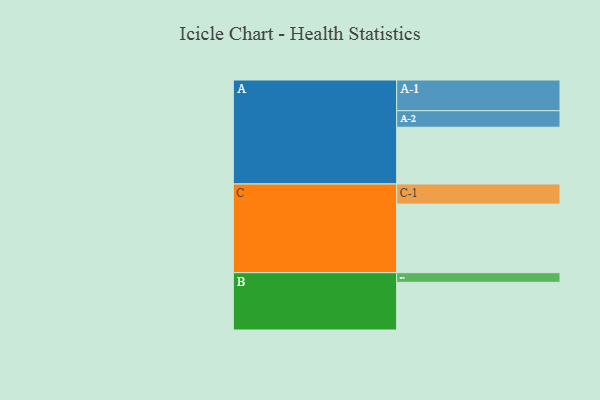
{"axis": {"x": "Segment", "y": "Value"}, "legend": ["", "A", "B", "C"], "data": [{"x": "A", "y": 412, "type": ""}, {"x": "B", "y": 346, "type": ""}, {"x": "C", "y": 498, "type": ""}, {"x": "A-1", "y": 223, "type": "A"}, {"x": "A-2", "y": 120, "type": "A"}, {"x": "B-1", "y": 70, "type": "B"}, {"x": "C-1", "y": 146, "type": "C"}]}